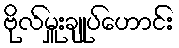
ဗိုလ်မှူးချုပ်ဟောင်း